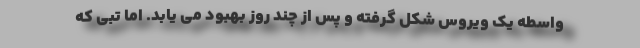
واسطه یک ویروس شکل گرفته و پس از چند روز بهبود می یابد. اما تبی که